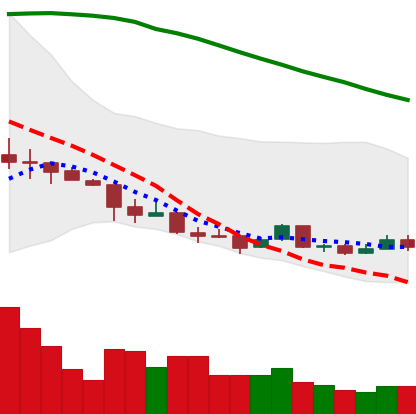
Ticker: ETC-USD
Chart end date: 2018-04-09
Forward return: 17.552%
Label: up_7plus